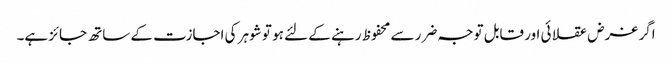
اگر غرض عقلا ئی اور قابل توجہ ضرر سے محفوظ رہنے کے لئے ہو تو شوہر کی اجازت کے ساتھ جائز ہے۔